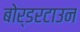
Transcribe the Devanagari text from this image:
बोर्डरटाउन